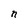
Character: n